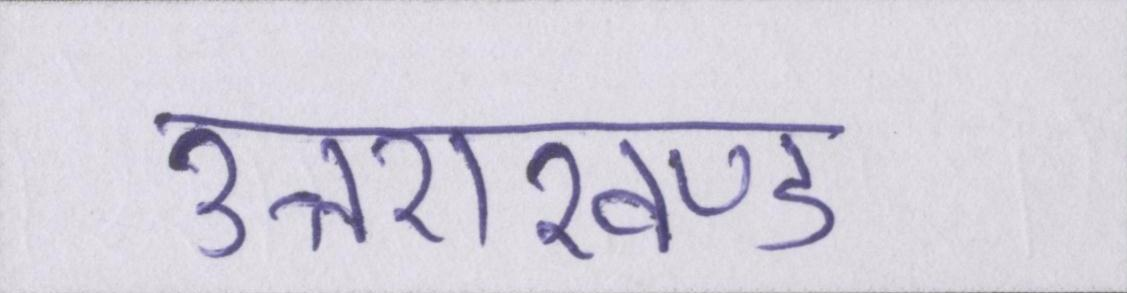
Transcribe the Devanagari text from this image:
उत्तराखण्ड